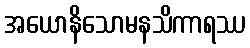
အယောနိသောမနသိကာရဿ